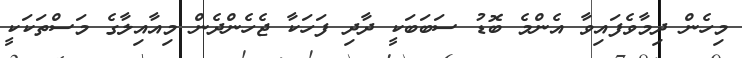
މިހެން ދިމާވެފައިވާ އެންމެ ބޮޑު ސަބަބަކީ ދާދި ފަހަކާ ޖެހެންދެން މިއާއިލާގެ މަސްތަކަކީ